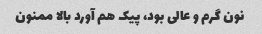
نون گرم و عالی بود، پیک هم آورد بالا ممنون